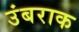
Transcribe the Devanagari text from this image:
उंबराक